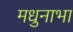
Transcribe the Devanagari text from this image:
मधुनाभा